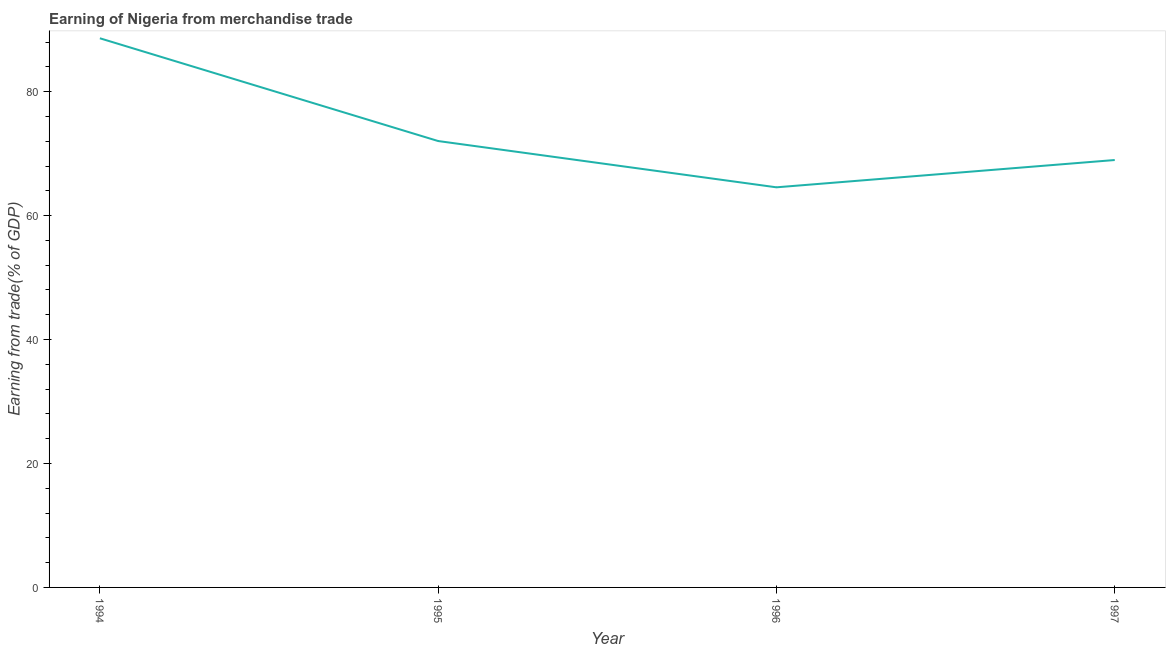
| Year | Merchandise trade |
 | --- | --- |
 | 1994 | 88.6 |
 | 1995 | 72 |
 | 1996 | 64.6 |
 | 1997 | 69 |